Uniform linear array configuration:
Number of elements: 24
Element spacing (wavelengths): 0.75
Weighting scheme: binomial
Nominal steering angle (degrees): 0
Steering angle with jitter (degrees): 1.618
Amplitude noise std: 0.05
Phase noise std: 0.05

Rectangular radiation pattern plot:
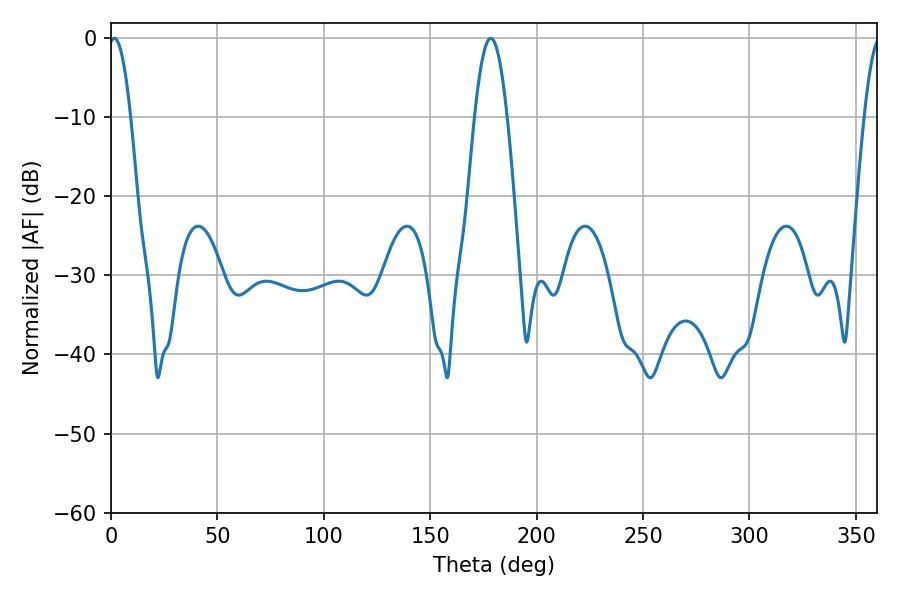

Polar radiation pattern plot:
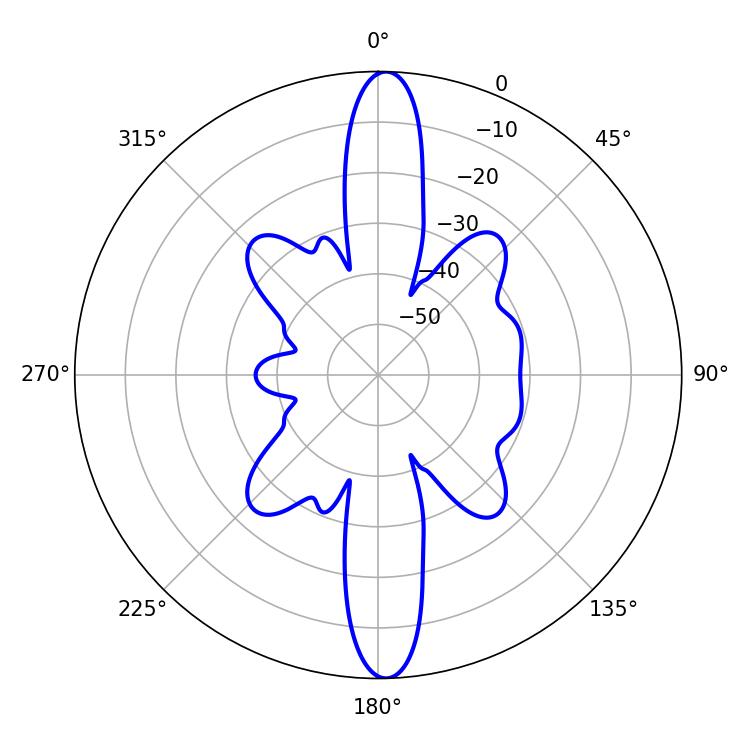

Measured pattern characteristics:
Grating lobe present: TRUE
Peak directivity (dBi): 23.44
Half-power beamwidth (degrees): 5.76
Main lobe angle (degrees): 1.62